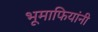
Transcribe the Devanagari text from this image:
भूमाफियांनी